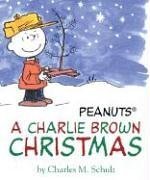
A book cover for A Charlie Brown Christmas; Charles M. Schulz; Children's Books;